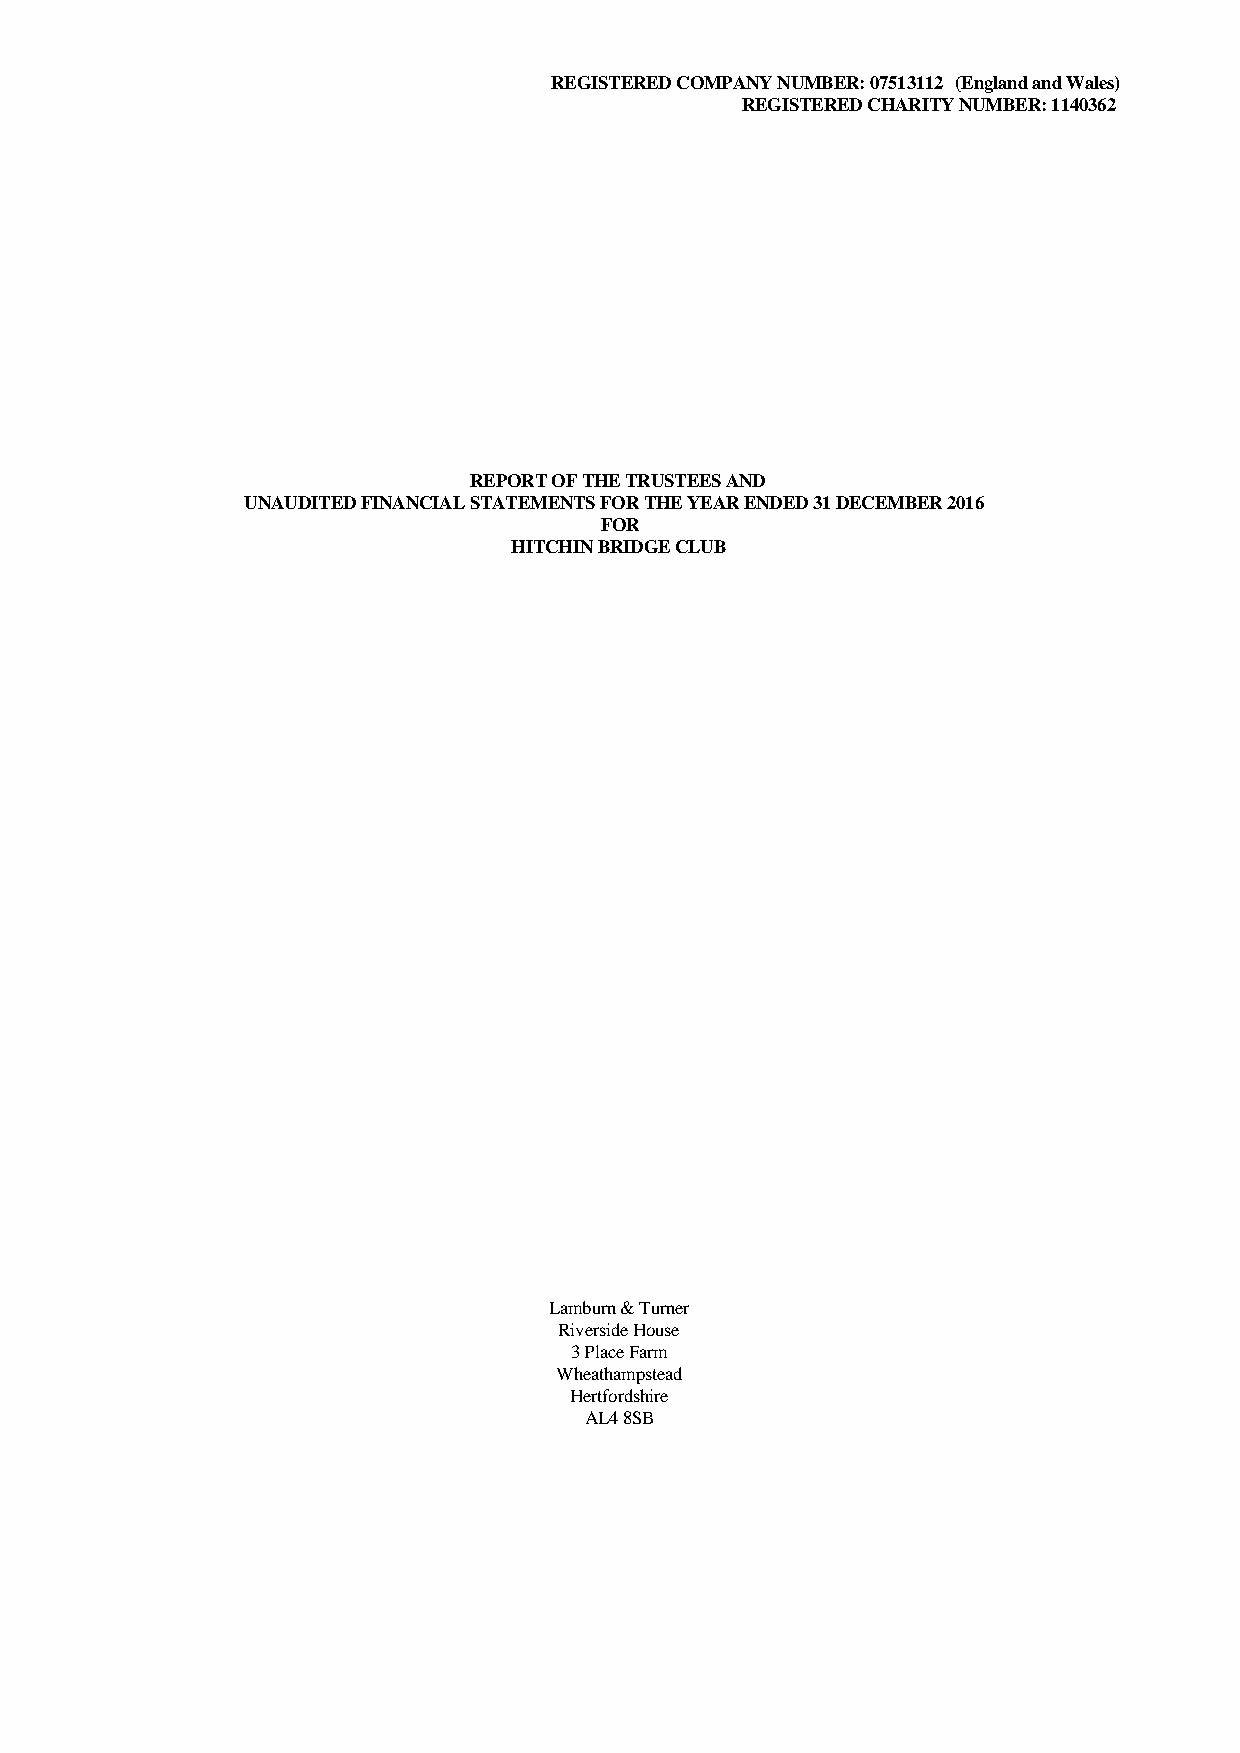
REGISTERED COMPANY NUMBER: 07513112 (England and Wales)
 REGISTERED CHARITY NUMBER: 1140362
 REPORT OF THE TRUSTEES AND
 UNAUDITED FINANCIAL STATEMENTS FOR THE YEAR ENDED 31 DECEMBER 2016
 FOR
 HITCHIN BRIDGE CLUB
 Lamburn & Turner
 Riverside House
 3 Place Farm
 Wheathampstead
 Hertfordshire
 AL4 8SB